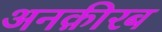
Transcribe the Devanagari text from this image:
अनक़ीरब